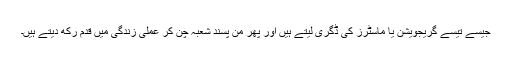
جیسے تیسے گریجویشن یا ماسٹرز کی ڈگری لیتے ہیں اور پھر من پسند شعبہ چن کر عملی زندگی میں قدم رکھ دیتے ہیں۔